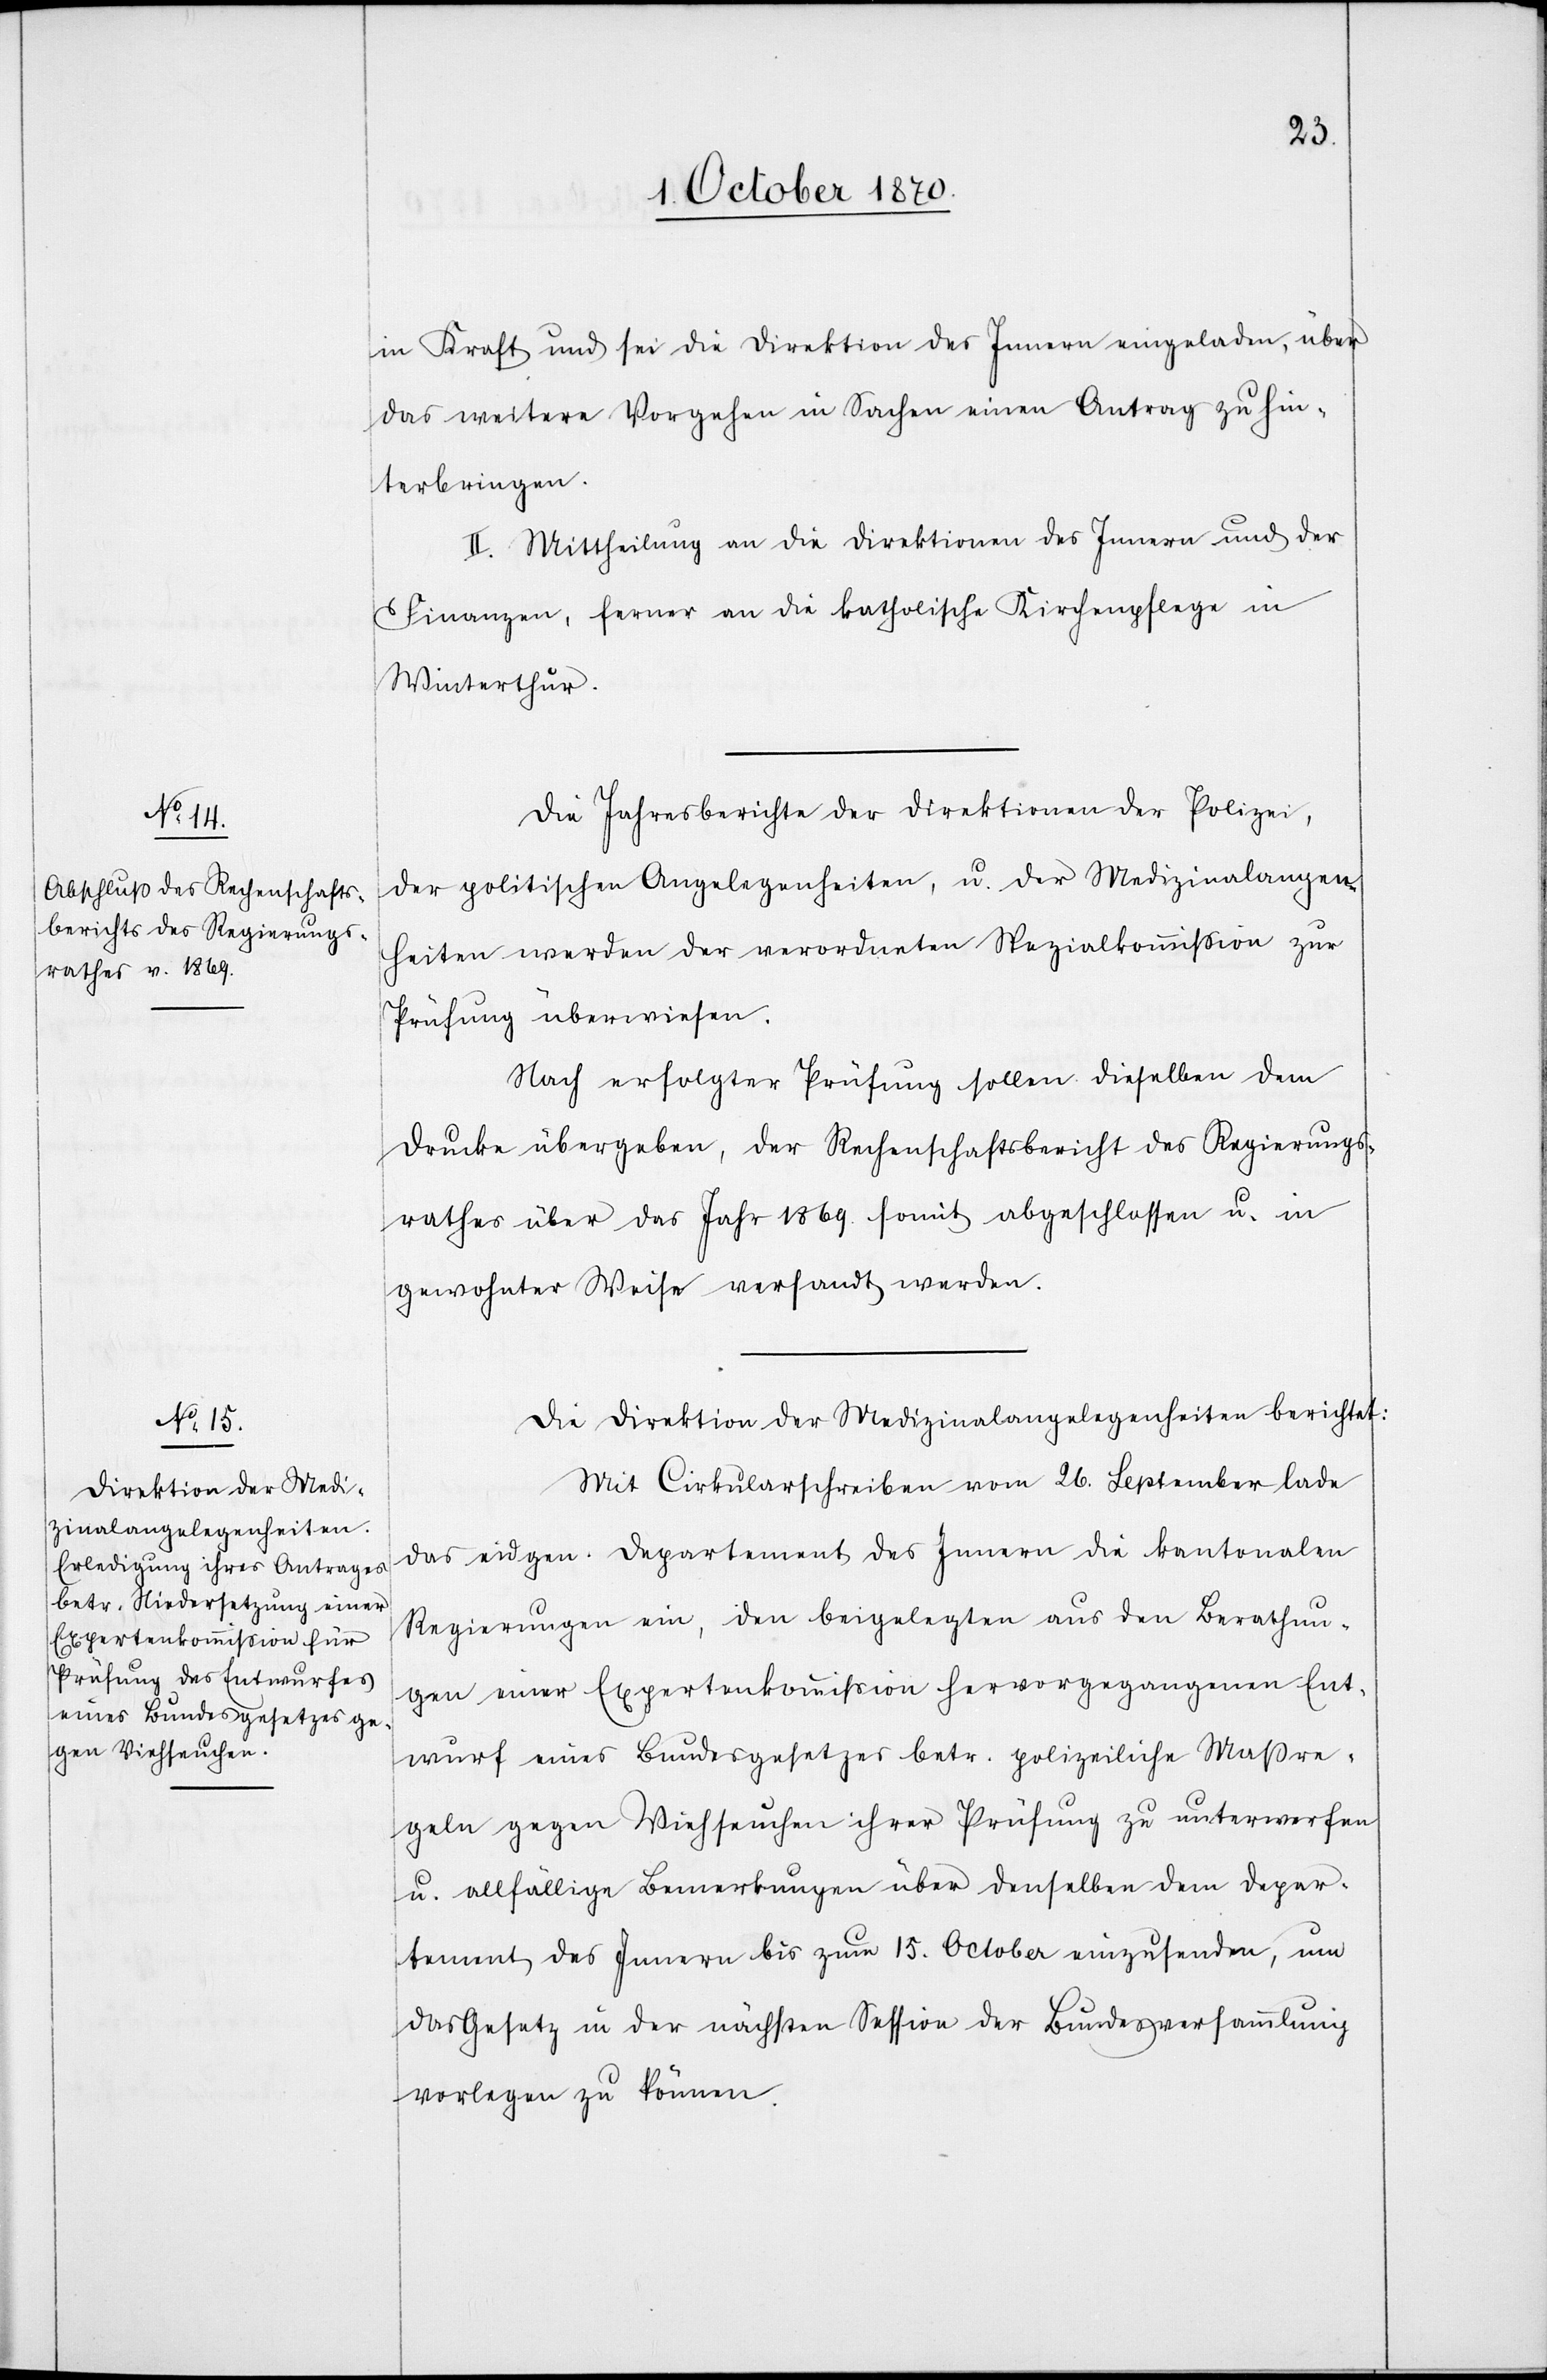
in Kraft und sei die Direktion des Innern eingeladen, über
das weitere Vorgehen in Sachen einen Antrag zu hin¬
terbringen.
II. Mittheilung an die Direktionen des Innern und der
Finanzen, ferner an die katholische Kirchenpflege in
Winterthur.
Die Jahresberichte der Direktionen der Polizei,
der politischen Angelegenheiten, u. der Medizinalangelegen¬
heiten werden der verordneten Spezialkommission zur
Prüfung überwiesen.
Nach erfolgter Prüfung sollen dieselben dem
Drucke übergeben, der Rechenschaftsbericht des Regierungs¬
rathes über das Jahr 1869 somit abgeschlossen u. in
gewohnter Weise versandt werden.
Die Direktion der Medizinalangelegenheiten berichtet:
Mit Cirkularschreiben vom 26. September lade
das eidgen. Departement des Innern die kantonalen
Regierungen ein, den beigelegten aus den Berathun¬
gen einer Expertenkommission hervorgegangenen Ent¬
wurf eines Bundesgesetzes betr. polizeiliche Maßre¬
geln gegen Viehseuchen ihrer Prüfung zu unterwerfen
u. allfällige Bemerkungen über denselben dem Depar¬
tement des Innern bis zum 15. October einzusenden, um
das Gesetz in der nächsten Session der Bundesversammlung
vorlegen zu können.